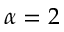
\alpha = 2